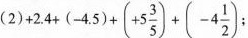
(2)$$+ 2 + 2 . 4 + ( - 4 . 5 ) + ( + 5 \frac { 3 } { 5 } ) + ( - 4 \frac { 1 } { 2 } )$$ ;